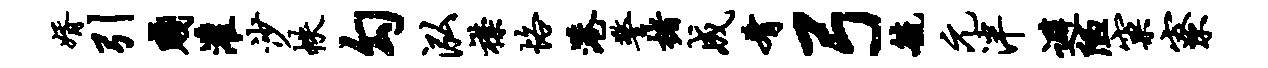
婿引贱灌沙帙勾泓襟恪港警楮成肴弓毓元泮避陋窠寮